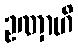
ဥဏှာဟိ